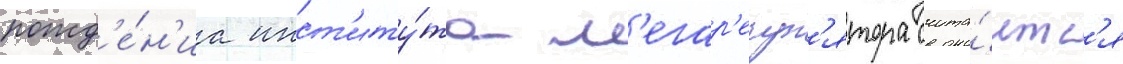
рожд'е́н'иа инст'иту́та м'егар'егул'ятора счита́етс'я